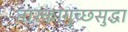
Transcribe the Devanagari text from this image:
तारकागुच्छसुद्धा